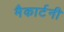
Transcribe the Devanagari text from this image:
मैकार्टनी